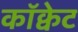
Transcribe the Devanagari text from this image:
कॉक्वेट